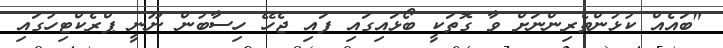
"ބައެއް ކުޅުންތެރިންނަށް ވާ ގޮތަކީ ބޯޅައިގައި ފައި ޖެހޭ ހިސާބުން ނޫނީ ޕްރެކްޓިހުގައި